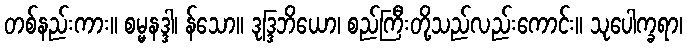
တစ်နည်းကား။ စမ္မနဒ္ဒါ၊ န်သော။ ဒုဒ္ဒြဘိယော၊ စည်ကြီးတို့သည်လည်းကောင်း။ သုပေါက္ခရာ၊